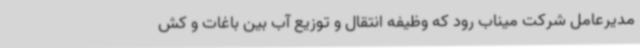
مدیرعامل شرکت میناب رود که وظیفه انتقال و توزیع آب بین باغات و کش